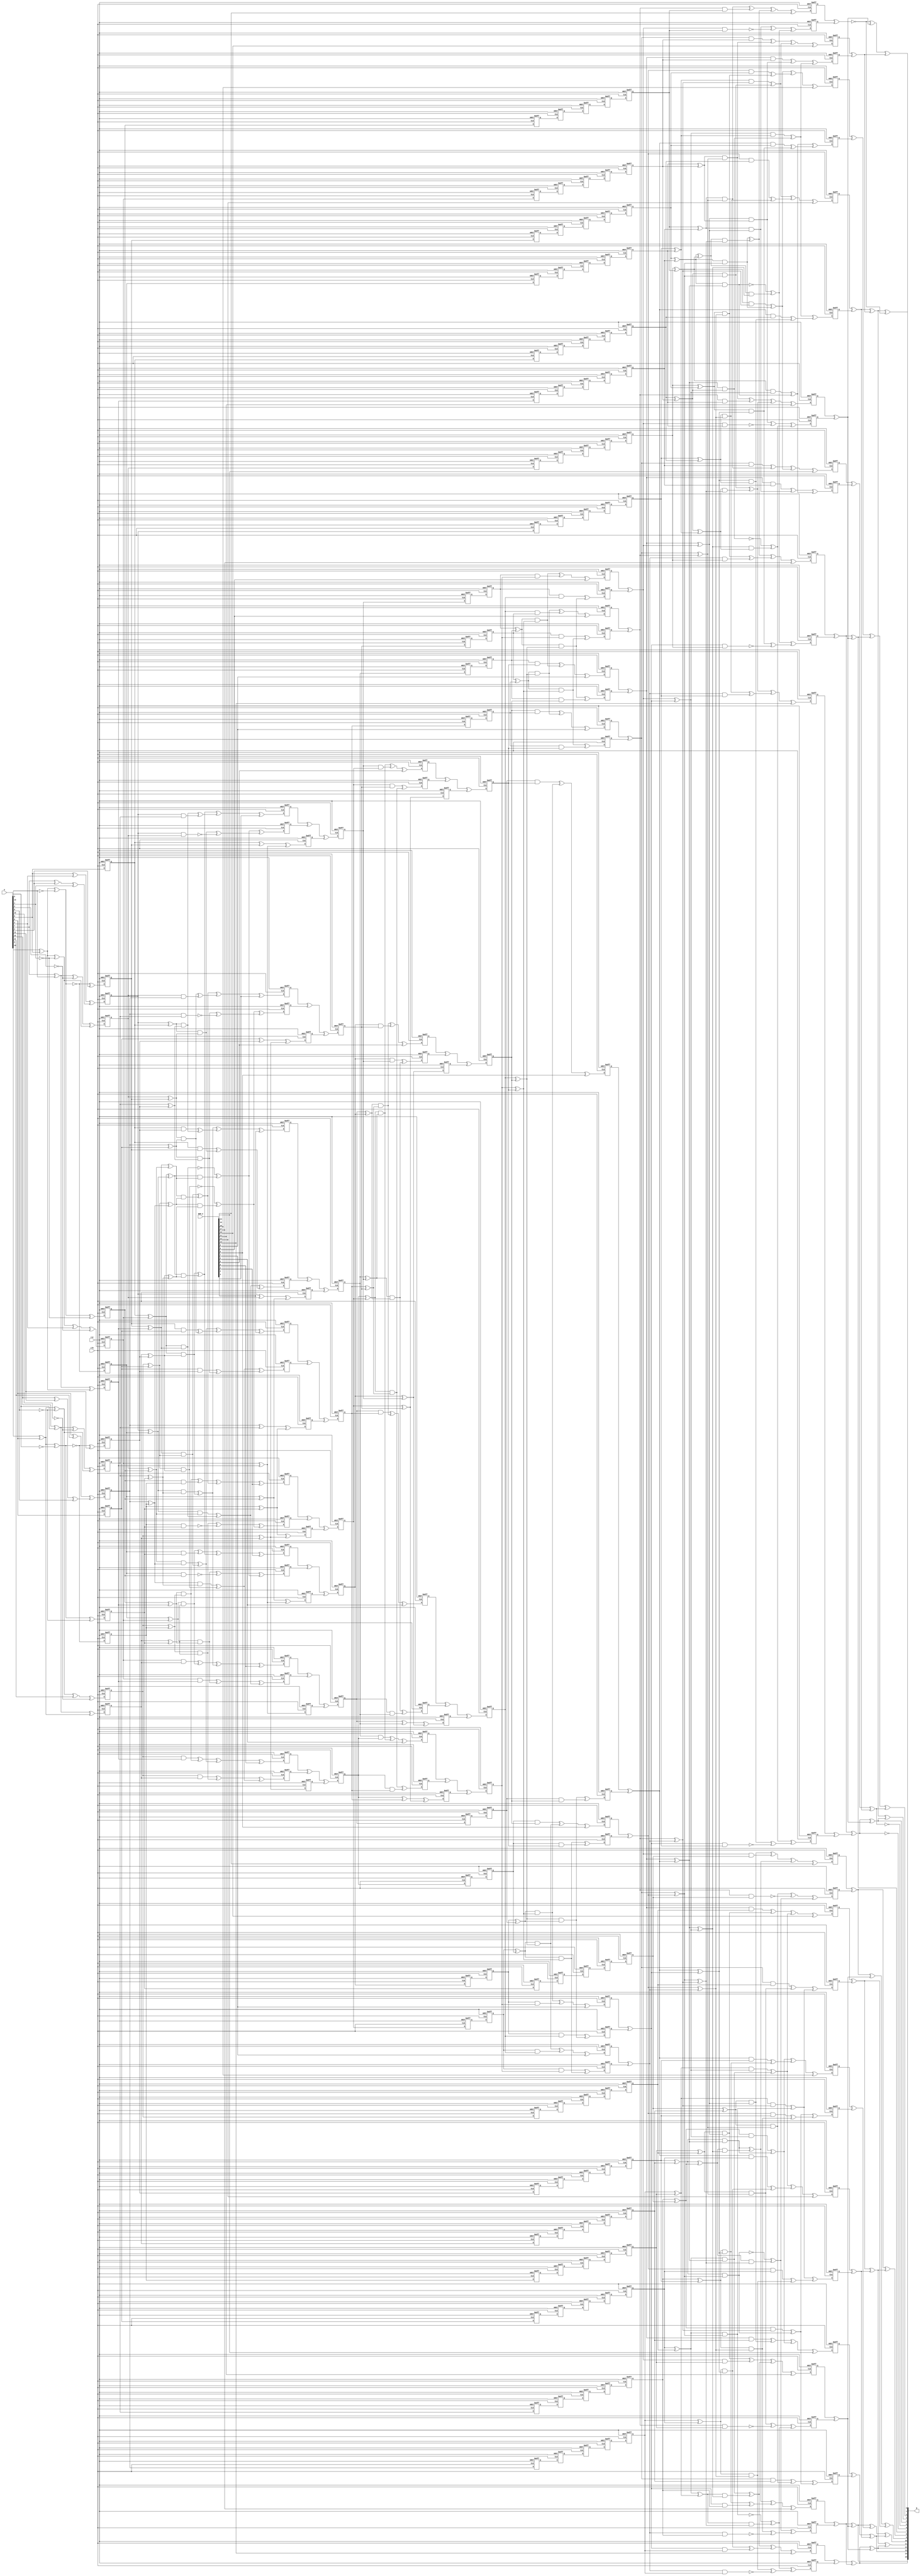
/* Generated by Yosys 0.7 (git sha1 5866cac, gcc 4.9.2-10+deb8u1 -fPIC -O0) */

module bSbox(clk, rst, A, Q, DOM_Z);
  input [15:0] A;
  input [17:0] DOM_Z;
  output [15:0] Q;
  reg [3:0] _0_;
  reg _100_;
  wire _101_;
  reg _102_;
  wire _103_;
  reg _104_;
  wire _105_;
  reg _106_;
  wire _107_;
  reg _108_;
  wire _109_;
  wire [3:0] _10_;
  reg _110_;
  wire _111_;
  wire _112_;
  wire _113_;
  wire _114_;
  wire _115_;
  wire _116_;
  wire _117_;
  wire _118_;
  wire _119_;
  wire [3:0] _11_;
  wire _120_;
  wire _121_;
  wire _122_;
  wire _123_;
  wire _124_;
  wire _125_;
  wire _126_;
  wire _127_;
  wire _128_;
  wire _129_;
  reg [1:0] _12_;
  wire _130_;
  wire _131_;
  wire _132_;
  wire _133_;
  wire _134_;
  wire _135_;
  wire _136_;
  reg _137_;
  reg _138_;
  reg _139_;
  reg [1:0] _13_;
  reg _140_;
  reg _141_;
  reg _142_;
  reg _143_;
  reg _144_;
  reg _145_;
  reg _146_;
  reg _147_;
  reg _148_;
  reg _149_;
  reg [1:0] _14_;
  reg _150_;
  reg _151_;
  reg _152_;
  reg _153_;
  reg _154_;
  reg _155_;
  reg _156_;
  reg _157_;
  reg [3:0] _158_;
  reg [3:0] _159_;
  reg [1:0] _15_;
  wire [3:0] _160_;
  wire [3:0] _161_;
  reg [3:0] _162_;
  reg [3:0] _163_;
  reg [1:0] _164_;
  reg [1:0] _165_;
  wire [1:0] _166_;
  wire [1:0] _167_;
  reg [1:0] _168_;
  reg [1:0] _169_;
  wire [1:0] _16_;
  reg [1:0] _170_;
  reg [1:0] _171_;
  wire [1:0] _172_;
  wire [1:0] _173_;
  reg [1:0] _174_;
  reg [1:0] _175_;
  reg [1:0] _176_;
  reg [1:0] _177_;
  wire [1:0] _178_;
  wire [1:0] _179_;
  wire [1:0] _17_;
  reg [1:0] _180_;
  reg [1:0] _181_;
  reg [3:0] _182_;
  reg [3:0] _183_;
  wire [3:0] _184_;
  wire [3:0] _185_;
  reg [3:0] _186_;
  reg [3:0] _187_;
  wire _188_;
  wire _189_;
  reg [1:0] _18_;
  wire _190_;
  wire _191_;
  wire _192_;
  wire _193_;
  wire _194_;
  wire _195_;
  wire _196_;
  wire _197_;
  wire _198_;
  wire _199_;
  reg [1:0] _19_;
  reg [3:0] _1_;
  wire _200_;
  wire _201_;
  wire _202_;
  wire _203_;
  wire _204_;
  wire _205_;
  wire _206_;
  wire _207_;
  wire _208_;
  wire _209_;
  reg [1:0] _20_;
  wire _210_;
  wire _211_;
  wire _212_;
  wire _213_;
  wire _214_;
  wire _215_;
  wire _216_;
  wire _217_;
  wire _218_;
  wire _219_;
  reg [1:0] _21_;
  wire _220_;
  wire _221_;
  wire _222_;
  wire _223_;
  wire _224_;
  wire _225_;
  wire _226_;
  wire _227_;
  wire _228_;
  wire _229_;
  wire [1:0] _22_;
  wire _230_;
  wire _231_;
  wire _232_;
  wire _233_;
  wire _234_;
  wire _235_;
  wire _236_;
  wire _237_;
  wire _238_;
  wire _239_;
  wire [1:0] _23_;
  wire _240_;
  wire _241_;
  wire _242_;
  wire _243_;
  wire _244_;
  wire _245_;
  wire _246_;
  wire _247_;
  wire _248_;
  wire _249_;
  reg [1:0] _24_;
  wire _250_;
  wire _251_;
  wire _252_;
  wire _253_;
  wire _254_;
  wire _255_;
  wire _256_;
  wire _257_;
  wire _258_;
  wire _259_;
  reg [1:0] _25_;
  wire _260_;
  wire _261_;
  wire _262_;
  wire _263_;
  wire _264_;
  wire _265_;
  wire _266_;
  wire _267_;
  wire _268_;
  wire _269_;
  wire [1:0] _26_;
  wire _270_;
  wire _271_;
  wire _272_;
  wire _273_;
  wire _274_;
  wire _275_;
  wire _276_;
  wire _277_;
  wire _278_;
  wire _279_;
  wire [1:0] _27_;
  wire _280_;
  wire _281_;
  wire _282_;
  wire _283_;
  wire _284_;
  wire _285_;
  wire _286_;
  wire _287_;
  wire _288_;
  wire _289_;
  reg [3:0] _28_;
  wire _290_;
  wire _291_;
  wire _292_;
  wire _293_;
  wire _294_;
  wire _295_;
  wire _296_;
  wire _297_;
  wire _298_;
  wire _299_;
  reg [3:0] _29_;
  wire [3:0] _2_;
  wire _300_;
  wire _301_;
  wire _302_;
  wire _303_;
  wire _304_;
  wire _305_;
  wire _306_;
  wire _307_;
  wire _308_;
  wire _309_;
  wire [3:0] _30_;
  wire _310_;
  wire _311_;
  wire _312_;
  wire _313_;
  wire _314_;
  wire _315_;
  wire _316_;
  wire _317_;
  wire _318_;
  wire _319_;
  wire [3:0] _31_;
  wire _320_;
  wire _321_;
  wire _322_;
  wire _323_;
  wire _324_;
  wire _325_;
  wire _326_;
  wire _327_;
  wire _328_;
  wire _329_;
  reg [3:0] _32_;
  wire _330_;
  wire _331_;
  wire _332_;
  wire _333_;
  wire _334_;
  wire _335_;
  wire _336_;
  wire _337_;
  wire _338_;
  wire _339_;
  reg [3:0] _33_;
  wire _340_;
  wire _341_;
  wire _342_;
  wire _343_;
  wire _344_;
  wire _345_;
  wire _346_;
  wire _347_;
  wire _348_;
  wire _349_;
  wire [3:0] _34_;
  wire _350_;
  wire _351_;
  wire _352_;
  wire _353_;
  wire _354_;
  wire _355_;
  wire _356_;
  wire _357_;
  wire _358_;
  wire _359_;
  wire [3:0] _35_;
  wire _360_;
  wire _361_;
  wire _362_;
  wire _363_;
  wire _364_;
  wire _365_;
  wire _366_;
  wire _367_;
  wire _368_;
  wire _369_;
  reg _36_;
  wire _370_;
  wire _371_;
  wire _372_;
  wire _373_;
  wire _374_;
  wire _375_;
  wire _376_;
  wire _377_;
  wire _378_;
  wire _379_;
  reg _37_;
  wire _380_;
  wire _381_;
  wire _382_;
  wire _383_;
  wire _384_;
  wire _385_;
  wire _386_;
  wire _387_;
  wire _388_;
  wire _389_;
  reg _38_;
  wire _390_;
  wire _391_;
  wire _392_;
  wire _393_;
  wire _394_;
  wire _395_;
  wire _396_;
  wire _397_;
  wire _398_;
  wire _399_;
  reg _39_;
  wire [3:0] _3_;
  wire _400_;
  wire _401_;
  wire _402_;
  wire _403_;
  wire _404_;
  wire _405_;
  wire _406_;
  wire _407_;
  wire _408_;
  wire _409_;
  reg _40_;
  wire _410_;
  wire _411_;
  wire _412_;
  wire _413_;
  wire _414_;
  wire _415_;
  wire _416_;
  wire _417_;
  wire _418_;
  wire _419_;
  reg _41_;
  wire _420_;
  wire _421_;
  wire _422_;
  wire _423_;
  wire _424_;
  wire _425_;
  wire _426_;
  wire _427_;
  wire _428_;
  wire _429_;
  reg _42_;
  wire _430_;
  wire _431_;
  wire _432_;
  wire _433_;
  wire _434_;
  wire _435_;
  wire _436_;
  wire _437_;
  wire _438_;
  wire _439_;
  reg _43_;
  wire _440_;
  wire _441_;
  wire _442_;
  wire _443_;
  wire _444_;
  wire _445_;
  wire _446_;
  wire _447_;
  wire _448_;
  wire _449_;
  reg _44_;
  wire _450_;
  wire _451_;
  wire _452_;
  wire _453_;
  wire _454_;
  wire _455_;
  wire _456_;
  wire _457_;
  wire _458_;
  wire _459_;
  reg _45_;
  wire _460_;
  wire _461_;
  wire _462_;
  wire _463_;
  wire _464_;
  wire _465_;
  wire _466_;
  wire _467_;
  wire _468_;
  wire _469_;
  reg _46_;
  wire _470_;
  wire _471_;
  wire _472_;
  wire _473_;
  wire _474_;
  wire _475_;
  wire _476_;
  wire _477_;
  wire _478_;
  wire _479_;
  reg _47_;
  wire _480_;
  wire _481_;
  wire _482_;
  wire _483_;
  wire _484_;
  wire _485_;
  wire _486_;
  wire _487_;
  wire _488_;
  wire _489_;
  reg _48_;
  wire _490_;
  wire _491_;
  wire _492_;
  wire _493_;
  wire _494_;
  wire _495_;
  wire _496_;
  wire _497_;
  wire _498_;
  wire _499_;
  reg _49_;
  reg [3:0] _4_;
  wire _500_;
  wire _501_;
  wire _502_;
  wire _503_;
  wire _504_;
  wire _505_;
  wire _506_;
  wire _507_;
  wire _508_;
  wire _509_;
  reg _50_;
  wire _510_;
  wire _511_;
  wire _512_;
  wire _513_;
  wire _514_;
  wire _515_;
  wire _516_;
  wire _517_;
  wire _518_;
  wire _519_;
  reg _51_;
  wire _520_;
  wire _521_;
  wire _522_;
  wire _523_;
  wire _524_;
  wire _525_;
  wire _526_;
  wire _527_;
  wire _528_;
  wire _529_;
  reg _52_;
  wire _530_;
  wire _531_;
  wire _532_;
  wire _533_;
  wire _534_;
  wire _535_;
  wire _536_;
  wire _537_;
  wire _538_;
  wire _539_;
  reg _53_;
  wire _540_;
  wire _541_;
  wire _542_;
  wire _543_;
  wire _544_;
  wire _545_;
  wire _546_;
  wire _547_;
  wire _548_;
  wire _549_;
  reg _54_;
  wire _550_;
  wire _551_;
  wire _552_;
  wire _553_;
  wire _554_;
  wire _555_;
  wire _556_;
  wire _557_;
  wire _558_;
  wire _559_;
  reg _55_;
  wire _560_;
  wire _561_;
  wire _562_;
  wire _563_;
  wire _564_;
  wire _565_;
  wire _566_;
  wire _567_;
  wire _568_;
  wire _569_;
  reg _56_;
  wire _570_;
  wire _571_;
  wire _572_;
  wire _573_;
  wire _574_;
  wire _575_;
  wire _576_;
  wire _577_;
  wire _578_;
  wire _579_;
  reg _57_;
  wire _580_;
  wire _581_;
  wire _582_;
  wire _583_;
  wire _584_;
  wire _585_;
  wire _586_;
  wire _587_;
  wire _588_;
  wire _589_;
  reg _58_;
  wire _590_;
  wire _591_;
  wire _592_;
  wire _593_;
  wire _594_;
  reg _59_;
  reg [3:0] _5_;
  reg _60_;
  reg _61_;
  reg _62_;
  reg _63_;
  reg _64_;
  reg _65_;
  reg _66_;
  reg _67_;
  reg _68_;
  reg _69_;
  reg [3:0] _6_;
  reg _70_;
  reg _71_;
  reg _72_;
  reg _73_;
  reg _74_;
  reg _75_;
  reg _76_;
  reg _77_;
  reg _78_;
  reg _79_;
  reg [3:0] _7_;
  reg _80_;
  reg _81_;
  reg _82_;
  reg _83_;
  reg _84_;
  reg _85_;
  reg _86_;
  wire _87_;
  reg _88_;
  wire _89_;
  reg [3:0] _8_;
  reg _90_;
  wire _91_;
  reg _92_;
  wire _93_;
  reg _94_;
  wire _95_;
  reg _96_;
  wire _97_;
  reg _98_;
  wire _99_;
  reg [3:0] _9_;
  input clk;
  input rst;
  assign _498_ = _9_[1] ^ _8_[1];
  assign _105_ = _9_[0] ^ _8_[0];
  assign _121_ = ~_499_;
  assign _499_ = _512_ ^ _500_;
  assign _500_ = ~A[5];
  assign _120_ = _116_ ^ A[12];
  assign _118_ = _501_ ^ _511_;
  assign _501_ = _505_ ^ _514_;
  assign _119_ = _502_ ^ _516_;
  assign _502_ = _506_ ^ _519_;
  assign _117_ = _503_ ^ _518_;
  assign _116_ = ~_503_;
  assign _503_ = _517_ ^ _504_;
  assign _504_ = ~A[13];
  assign _114_ = _505_ ^ _512_;
  assign _505_ = A[7] ^ A[5];
  assign _115_ = _506_ ^ _517_;
  assign _506_ = A[15] ^ A[13];
  assign _113_ = _507_ ^ _508_;
  assign _507_ = A[8] ^ A[11];
  assign _508_ = _509_ ^ A[9];
  assign _509_ = A[15] ^ A[12];
  assign _111_ = _510_ ^ _514_;
  assign _510_ = _511_ ^ A[3];
  assign _511_ = _512_ ^ _513_;
  assign _512_ = A[6] ^ A[0];
  assign _513_ = ~A[1];
  assign _514_ = ~A[2];
  assign _112_ = _515_ ^ _519_;
  assign _515_ = _516_ ^ A[11];
  assign _516_ = _517_ ^ _518_;
  assign _517_ = A[14] ^ A[8];
  assign _518_ = ~A[9];
  assign _519_ = ~A[10];
  assign Q[7] = _521_ ^ _526_;
  assign Q[4] = _520_ ^ _526_;
  assign _520_ = _521_ ^ _522_;
  assign _521_ = _5_[3] ^ _0_[3];
  assign _522_ = _187_[3] ^ _182_[3];
  assign Q[1] = _523_ ^ _527_;
  assign _523_ = _524_ ^ _526_;
  assign _524_ = ~_525_;
  assign _525_ = _5_[1] ^ _0_[1];
  assign _526_ = _187_[1] ^ _182_[1];
  assign _527_ = _187_[0] ^ _182_[0];
  assign Q[9] = _528_ ^ _531_;
  assign _528_ = _529_ ^ _535_;
  assign Q[8] = _529_ ^ _530_;
  assign _529_ = _4_[1] ^ _1_[1];
  assign Q[11] = _530_ ^ Q[12];
  assign _530_ = _531_ ^ _538_;
  assign _531_ = _186_[0] ^ _183_[0];
  assign Q[12] = Q[14] ^ _535_;
  assign Q[14] = _532_ ^ _534_;
  assign _532_ = _186_[3] ^ _183_[3];
  assign Q[10] = _533_ ^ Q[13];
  assign _533_ = Q[15] ^ _536_;
  assign Q[15] = _534_ ^ _535_;
  assign _534_ = _4_[3] ^ _1_[3];
  assign _535_ = _186_[1] ^ _183_[1];
  assign _536_ = _4_[2] ^ _1_[2];
  assign Q[13] = _537_ ^ _538_;
  assign _537_ = _4_[0] ^ _1_[0];
  assign _538_ = _186_[2] ^ _183_[2];
  assign _10_[0] = _539_ ^ _547_;
  assign _539_ = _540_ ^ _542_;
  assign _540_ = _7_[0] & _6_[0];
  assign _10_[1] = _541_ ^ _551_;
  assign _541_ = _542_ ^ _545_;
  assign _542_ = _543_ & _544_;
  assign _543_ = _7_[1] ^ _7_[0];
  assign _544_ = _6_[1] ^ _6_[0];
  assign _545_ = ~_546_;
  assign _546_ = _7_[1] & _6_[1];
  assign _10_[2] = _547_ ^ _549_;
  assign _547_ = _548_ ^ _553_;
  assign _548_ = _557_ & _560_;
  assign _549_ = _550_ ^ _562_;
  assign _550_ = _7_[2] & _6_[2];
  assign _10_[3] = _551_ ^ _561_;
  assign _551_ = _552_ ^ _554_;
  assign _552_ = ~_553_;
  assign _553_ = _556_ & _559_;
  assign _554_ = _555_ & _558_;
  assign _555_ = _556_ ^ _557_;
  assign _556_ = _7_[2] ^ _7_[0];
  assign _557_ = _7_[3] ^ _7_[1];
  assign _558_ = _559_ ^ _560_;
  assign _559_ = _6_[2] ^ _6_[0];
  assign _560_ = _6_[3] ^ _6_[1];
  assign _561_ = _562_ ^ _565_;
  assign _562_ = _563_ & _564_;
  assign _563_ = _7_[3] ^ _7_[2];
  assign _564_ = _6_[3] ^ _6_[2];
  assign _565_ = ~_566_;
  assign _566_ = _7_[3] & _6_[3];
  assign _11_[0] = _567_ ^ _575_;
  assign _567_ = _568_ ^ _570_;
  assign _568_ = _9_[0] & _8_[0];
  assign _11_[1] = _569_ ^ _579_;
  assign _569_ = _570_ ^ _573_;
  assign _570_ = _571_ & _572_;
  assign _571_ = _9_[0] ^ _9_[1];
  assign _572_ = _8_[0] ^ _8_[1];
  assign _573_ = ~_574_;
  assign _574_ = _9_[1] & _8_[1];
  assign _11_[2] = _575_ ^ _577_;
  assign _575_ = _576_ ^ _581_;
  assign _576_ = _585_ & _588_;
  assign _577_ = _578_ ^ _590_;
  assign _578_ = _9_[2] & _8_[2];
  assign _11_[3] = _579_ ^ _589_;
  assign _579_ = _580_ ^ _582_;
  assign _580_ = ~_581_;
  assign _581_ = _584_ & _587_;
  assign _582_ = _583_ & _586_;
  assign _583_ = _584_ ^ _585_;
  assign _584_ = _9_[0] ^ _9_[2];
  assign _585_ = _9_[3] ^ _9_[1];
  assign _586_ = _587_ ^ _588_;
  assign _587_ = _8_[0] ^ _8_[2];
  assign _588_ = _8_[3] ^ _8_[1];
  assign _589_ = _590_ ^ _593_;
  assign _590_ = _591_ & _592_;
  assign _591_ = _9_[3] ^ _9_[2];
  assign _592_ = _8_[3] ^ _8_[2];
  assign _593_ = ~_594_;
  assign _594_ = _9_[3] & _8_[3];
  always @(posedge clk or posedge rst)
    if (rst)
      _158_[3] <= 0;
    else
      _158_[3] <= _10_[3];
  always @(posedge clk or posedge rst)
    if (rst)
      _158_[2] <= 0;
    else
      _158_[2] <= _10_[2];
  always @(posedge clk or posedge rst)
    if (rst)
      _158_[1] <= 0;
    else
      _158_[1] <= _10_[1];
  always @(posedge clk or posedge rst)
    if (rst)
      _158_[0] <= 0;
    else
      _158_[0] <= _10_[0];
  always @(posedge clk or posedge rst)
    if (rst)
      _159_[3] <= 0;
    else
      _159_[3] <= _11_[3];
  always @(posedge clk or posedge rst)
    if (rst)
      _159_[2] <= 0;
    else
      _159_[2] <= _11_[2];
  always @(posedge clk or posedge rst)
    if (rst)
      _159_[1] <= 0;
    else
      _159_[1] <= _11_[1];
  always @(posedge clk or posedge rst)
    if (rst)
      _159_[0] <= 0;
    else
      _159_[0] <= _11_[0];
  always @(posedge clk or posedge rst)
    if (rst)
      _163_[3] <= 0;
    else
      _163_[3] <= _160_[3];
  always @(posedge clk or posedge rst)
    if (rst)
      _163_[2] <= 0;
    else
      _163_[2] <= _160_[2];
  always @(posedge clk or posedge rst)
    if (rst)
      _163_[1] <= 0;
    else
      _163_[1] <= _160_[1];
  always @(posedge clk or posedge rst)
    if (rst)
      _163_[0] <= 0;
    else
      _163_[0] <= _160_[0];
  always @(posedge clk or posedge rst)
    if (rst)
      _162_[3] <= 0;
    else
      _162_[3] <= _161_[3];
  always @(posedge clk or posedge rst)
    if (rst)
      _162_[2] <= 0;
    else
      _162_[2] <= _161_[2];
  always @(posedge clk or posedge rst)
    if (rst)
      _162_[1] <= 0;
    else
      _162_[1] <= _161_[1];
  always @(posedge clk or posedge rst)
    if (rst)
      _162_[0] <= 0;
    else
      _162_[0] <= _161_[0];
  always @(posedge clk or posedge rst)
    if (rst)
      _164_[1] <= 0;
    else
      _164_[1] <= _16_[1];
  always @(posedge clk or posedge rst)
    if (rst)
      _164_[0] <= 0;
    else
      _164_[0] <= _16_[0];
  always @(posedge clk or posedge rst)
    if (rst)
      _165_[1] <= 0;
    else
      _165_[1] <= _17_[1];
  always @(posedge clk or posedge rst)
    if (rst)
      _165_[0] <= 0;
    else
      _165_[0] <= _17_[0];
  always @(posedge clk or posedge rst)
    if (rst)
      _169_[1] <= 0;
    else
      _169_[1] <= _166_[1];
  always @(posedge clk or posedge rst)
    if (rst)
      _169_[0] <= 0;
    else
      _169_[0] <= _166_[0];
  always @(posedge clk or posedge rst)
    if (rst)
      _168_[1] <= 0;
    else
      _168_[1] <= _167_[1];
  always @(posedge clk or posedge rst)
    if (rst)
      _168_[0] <= 0;
    else
      _168_[0] <= _167_[0];
  always @(posedge clk or posedge rst)
    if (rst)
      _170_[1] <= 0;
    else
      _170_[1] <= _22_[1];
  always @(posedge clk or posedge rst)
    if (rst)
      _170_[0] <= 0;
    else
      _170_[0] <= _22_[0];
  always @(posedge clk or posedge rst)
    if (rst)
      _171_[1] <= 0;
    else
      _171_[1] <= _23_[1];
  always @(posedge clk or posedge rst)
    if (rst)
      _171_[0] <= 0;
    else
      _171_[0] <= _23_[0];
  always @(posedge clk or posedge rst)
    if (rst)
      _175_[1] <= 0;
    else
      _175_[1] <= _172_[1];
  always @(posedge clk or posedge rst)
    if (rst)
      _175_[0] <= 0;
    else
      _175_[0] <= _172_[0];
  always @(posedge clk or posedge rst)
    if (rst)
      _174_[1] <= 0;
    else
      _174_[1] <= _173_[1];
  always @(posedge clk or posedge rst)
    if (rst)
      _174_[0] <= 0;
    else
      _174_[0] <= _173_[0];
  always @(posedge clk or posedge rst)
    if (rst)
      _176_[1] <= 0;
    else
      _176_[1] <= _26_[1];
  always @(posedge clk or posedge rst)
    if (rst)
      _176_[0] <= 0;
    else
      _176_[0] <= _26_[0];
  always @(posedge clk or posedge rst)
    if (rst)
      _177_[1] <= 0;
    else
      _177_[1] <= _27_[1];
  always @(posedge clk or posedge rst)
    if (rst)
      _177_[0] <= 0;
    else
      _177_[0] <= _27_[0];
  always @(posedge clk or posedge rst)
    if (rst)
      _181_[1] <= 0;
    else
      _181_[1] <= _178_[1];
  always @(posedge clk or posedge rst)
    if (rst)
      _181_[0] <= 0;
    else
      _181_[0] <= _178_[0];
  always @(posedge clk or posedge rst)
    if (rst)
      _180_[1] <= 0;
    else
      _180_[1] <= _179_[1];
  always @(posedge clk or posedge rst)
    if (rst)
      _180_[0] <= 0;
    else
      _180_[0] <= _179_[0];
  always @(posedge clk or posedge rst)
    if (rst)
      _182_[3] <= 0;
    else
      _182_[3] <= _30_[3];
  always @(posedge clk or posedge rst)
    if (rst)
      _182_[2] <= 0;
    else
      _182_[2] <= _30_[2];
  always @(posedge clk or posedge rst)
    if (rst)
      _182_[1] <= 0;
    else
      _182_[1] <= _30_[1];
  always @(posedge clk or posedge rst)
    if (rst)
      _182_[0] <= 0;
    else
      _182_[0] <= _30_[0];
  always @(posedge clk or posedge rst)
    if (rst)
      _183_[3] <= 0;
    else
      _183_[3] <= _31_[3];
  always @(posedge clk or posedge rst)
    if (rst)
      _183_[2] <= 0;
    else
      _183_[2] <= _31_[2];
  always @(posedge clk or posedge rst)
    if (rst)
      _183_[1] <= 0;
    else
      _183_[1] <= _31_[1];
  always @(posedge clk or posedge rst)
    if (rst)
      _183_[0] <= 0;
    else
      _183_[0] <= _31_[0];
  always @(posedge clk or posedge rst)
    if (rst)
      _187_[3] <= 0;
    else
      _187_[3] <= _184_[3];
  always @(posedge clk or posedge rst)
    if (rst)
      _187_[2] <= 0;
    else
      _187_[2] <= _184_[2];
  always @(posedge clk or posedge rst)
    if (rst)
      _187_[1] <= 0;
    else
      _187_[1] <= _184_[1];
  always @(posedge clk or posedge rst)
    if (rst)
      _187_[0] <= 0;
    else
      _187_[0] <= _184_[0];
  always @(posedge clk or posedge rst)
    if (rst)
      _186_[3] <= 0;
    else
      _186_[3] <= _185_[3];
  always @(posedge clk or posedge rst)
    if (rst)
      _186_[2] <= 0;
    else
      _186_[2] <= _185_[2];
  always @(posedge clk or posedge rst)
    if (rst)
      _186_[1] <= 0;
    else
      _186_[1] <= _185_[1];
  always @(posedge clk or posedge rst)
    if (rst)
      _186_[0] <= 0;
    else
      _186_[0] <= _185_[0];
  always @(posedge clk or posedge rst)
    if (rst)
      _0_[3] <= 0;
    else
      _0_[3] <= _34_[3];
  always @(posedge clk or posedge rst)
    if (rst)
      _0_[2] <= 0;
    else
      _0_[2] <= _34_[2];
  always @(posedge clk or posedge rst)
    if (rst)
      _0_[1] <= 0;
    else
      _0_[1] <= _34_[1];
  always @(posedge clk or posedge rst)
    if (rst)
      _0_[0] <= 0;
    else
      _0_[0] <= _34_[0];
  always @(posedge clk or posedge rst)
    if (rst)
      _1_[3] <= 0;
    else
      _1_[3] <= _35_[3];
  always @(posedge clk or posedge rst)
    if (rst)
      _1_[2] <= 0;
    else
      _1_[2] <= _35_[2];
  always @(posedge clk or posedge rst)
    if (rst)
      _1_[1] <= 0;
    else
      _1_[1] <= _35_[1];
  always @(posedge clk or posedge rst)
    if (rst)
      _1_[0] <= 0;
    else
      _1_[0] <= _35_[0];
  always @(posedge clk or posedge rst)
    if (rst)
      _5_[3] <= 0;
    else
      _5_[3] <= _2_[3];
  always @(posedge clk or posedge rst)
    if (rst)
      _5_[2] <= 0;
    else
      _5_[2] <= _2_[2];
  always @(posedge clk or posedge rst)
    if (rst)
      _5_[1] <= 0;
    else
      _5_[1] <= _2_[1];
  always @(posedge clk or posedge rst)
    if (rst)
      _5_[0] <= 0;
    else
      _5_[0] <= _2_[0];
  always @(posedge clk or posedge rst)
    if (rst)
      _4_[3] <= 0;
    else
      _4_[3] <= _3_[3];
  always @(posedge clk or posedge rst)
    if (rst)
      _4_[2] <= 0;
    else
      _4_[2] <= _3_[2];
  always @(posedge clk or posedge rst)
    if (rst)
      _4_[1] <= 0;
    else
      _4_[1] <= _3_[1];
  always @(posedge clk or posedge rst)
    if (rst)
      _4_[0] <= 0;
    else
      _4_[0] <= _3_[0];
  always @(posedge clk or posedge rst)
    if (rst)
      _20_[0] <= 0;
    else
      _20_[0] <= _131_;
  always @(posedge clk or posedge rst)
    if (rst)
      _18_[0] <= 0;
    else
      _18_[0] <= _130_;
  always @(posedge clk or posedge rst)
    if (rst)
      _20_[1] <= 0;
    else
      _20_[1] <= _133_;
  always @(posedge clk or posedge rst)
    if (rst)
      _18_[1] <= 0;
    else
      _18_[1] <= _132_;
  always @(posedge clk or posedge rst)
    if (rst)
      _14_[0] <= 0;
    else
      _14_[0] <= _125_;
  always @(posedge clk or posedge rst)
    if (rst)
      _12_[0] <= 0;
    else
      _12_[0] <= _124_;
  always @(posedge clk or posedge rst)
    if (rst)
      _14_[1] <= 0;
    else
      _14_[1] <= _123_;
  always @(posedge clk or posedge rst)
    if (rst)
      _12_[1] <= 0;
    else
      _12_[1] <= _122_;
  always @(posedge clk or posedge rst)
    if (rst)
      _15_[0] <= 0;
    else
      _15_[0] <= _129_;
  always @(posedge clk or posedge rst)
    if (rst)
      _13_[0] <= 0;
    else
      _13_[0] <= _128_;
  always @(posedge clk or posedge rst)
    if (rst)
      _15_[1] <= 0;
    else
      _15_[1] <= _127_;
  always @(posedge clk or posedge rst)
    if (rst)
      _13_[1] <= 0;
    else
      _13_[1] <= _126_;
  always @(posedge clk or posedge rst)
    if (rst)
      _8_[0] <= 0;
    else
      _8_[0] <= _115_;
  always @(posedge clk or posedge rst)
    if (rst)
      _6_[0] <= 0;
    else
      _6_[0] <= _114_;
  always @(posedge clk or posedge rst)
    if (rst)
      _8_[1] <= 0;
    else
      _8_[1] <= _117_;
  always @(posedge clk or posedge rst)
    if (rst)
      _6_[1] <= 0;
    else
      _6_[1] <= _135_;
  always @(posedge clk or posedge rst)
    if (rst)
      _8_[2] <= 0;
    else
      _8_[2] <= _120_;
  always @(posedge clk or posedge rst)
    if (rst)
      _6_[2] <= 0;
    else
      _6_[2] <= _134_;
  always @(posedge clk or posedge rst)
    if (rst)
      _8_[3] <= 0;
    else
      _8_[3] <= _119_;
  always @(posedge clk or posedge rst)
    if (rst)
      _6_[3] <= 0;
    else
      _6_[3] <= _118_;
  always @(posedge clk or posedge rst)
    if (rst)
      _9_[0] <= 0;
    else
      _9_[0] <= _112_;
  always @(posedge clk or posedge rst)
    if (rst)
      _7_[0] <= 0;
    else
      _7_[0] <= _111_;
  always @(posedge clk or posedge rst)
    if (rst)
      _9_[1] <= 0;
    else
      _9_[1] <= _116_;
  always @(posedge clk or posedge rst)
    if (rst)
      _7_[1] <= 0;
    else
      _7_[1] <= _121_;
  always @(posedge clk or posedge rst)
    if (rst)
      _9_[2] <= 0;
    else
      _9_[2] <= A[8];
  always @(posedge clk or posedge rst)
    if (rst)
      _7_[2] <= 0;
    else
      _7_[2] <= A[0];
  always @(posedge clk or posedge rst)
    if (rst)
      _9_[3] <= 0;
    else
      _9_[3] <= _113_;
  always @(posedge clk or posedge rst)
    if (rst)
      _7_[3] <= 0;
    else
      _7_[3] <= _136_;
  always @(posedge clk or posedge rst)
    if (rst)
      _29_[0] <= 0;
    else
      _29_[0] <= _138_;
  always @(posedge clk or posedge rst)
    if (rst)
      _28_[0] <= 0;
    else
      _28_[0] <= _137_;
  always @(posedge clk or posedge rst)
    if (rst)
      _138_ <= 0;
    else
      _138_ <= _140_;
  always @(posedge clk or posedge rst)
    if (rst)
      _137_ <= 0;
    else
      _137_ <= _139_;
  always @(posedge clk or posedge rst)
    if (rst)
      _140_ <= 0;
    else
      _140_ <= _142_;
  always @(posedge clk or posedge rst)
    if (rst)
      _139_ <= 0;
    else
      _139_ <= _141_;
  always @(posedge clk or posedge rst)
    if (rst)
      _142_ <= 0;
    else
      _142_ <= _144_;
  always @(posedge clk or posedge rst)
    if (rst)
      _141_ <= 0;
    else
      _141_ <= _143_;
  always @(posedge clk or posedge rst)
    if (rst)
      _144_ <= 0;
    else
      _144_ <= _9_[0];
  always @(posedge clk or posedge rst)
    if (rst)
      _143_ <= 0;
    else
      _143_ <= _7_[0];
  always @(posedge clk or posedge rst)
    if (rst)
      _29_[1] <= 0;
    else
      _29_[1] <= _146_;
  always @(posedge clk or posedge rst)
    if (rst)
      _28_[1] <= 0;
    else
      _28_[1] <= _145_;
  always @(posedge clk or posedge rst)
    if (rst)
      _146_ <= 0;
    else
      _146_ <= _148_;
  always @(posedge clk or posedge rst)
    if (rst)
      _145_ <= 0;
    else
      _145_ <= _147_;
  always @(posedge clk or posedge rst)
    if (rst)
      _148_ <= 0;
    else
      _148_ <= _150_;
  always @(posedge clk or posedge rst)
    if (rst)
      _147_ <= 0;
    else
      _147_ <= _149_;
  always @(posedge clk or posedge rst)
    if (rst)
      _150_ <= 0;
    else
      _150_ <= _152_;
  always @(posedge clk or posedge rst)
    if (rst)
      _149_ <= 0;
    else
      _149_ <= _151_;
  always @(posedge clk or posedge rst)
    if (rst)
      _152_ <= 0;
    else
      _152_ <= _9_[1];
  always @(posedge clk or posedge rst)
    if (rst)
      _151_ <= 0;
    else
      _151_ <= _7_[1];
  always @(posedge clk or posedge rst)
    if (rst)
      _29_[2] <= 0;
    else
      _29_[2] <= _154_;
  always @(posedge clk or posedge rst)
    if (rst)
      _28_[2] <= 0;
    else
      _28_[2] <= _153_;
  always @(posedge clk or posedge rst)
    if (rst)
      _154_ <= 0;
    else
      _154_ <= _156_;
  always @(posedge clk or posedge rst)
    if (rst)
      _153_ <= 0;
    else
      _153_ <= _155_;
  always @(posedge clk or posedge rst)
    if (rst)
      _156_ <= 0;
    else
      _156_ <= _37_;
  always @(posedge clk or posedge rst)
    if (rst)
      _155_ <= 0;
    else
      _155_ <= _157_;
  always @(posedge clk or posedge rst)
    if (rst)
      _37_ <= 0;
    else
      _37_ <= _36_;
  always @(posedge clk or posedge rst)
    if (rst)
      _157_ <= 0;
    else
      _157_ <= _38_;
  always @(posedge clk or posedge rst)
    if (rst)
      _36_ <= 0;
    else
      _36_ <= _9_[2];
  always @(posedge clk or posedge rst)
    if (rst)
      _38_ <= 0;
    else
      _38_ <= _7_[2];
  always @(posedge clk or posedge rst)
    if (rst)
      _29_[3] <= 0;
    else
      _29_[3] <= _40_;
  always @(posedge clk or posedge rst)
    if (rst)
      _28_[3] <= 0;
    else
      _28_[3] <= _39_;
  always @(posedge clk or posedge rst)
    if (rst)
      _40_ <= 0;
    else
      _40_ <= _42_;
  always @(posedge clk or posedge rst)
    if (rst)
      _39_ <= 0;
    else
      _39_ <= _41_;
  always @(posedge clk or posedge rst)
    if (rst)
      _42_ <= 0;
    else
      _42_ <= _44_;
  always @(posedge clk or posedge rst)
    if (rst)
      _41_ <= 0;
    else
      _41_ <= _43_;
  always @(posedge clk or posedge rst)
    if (rst)
      _44_ <= 0;
    else
      _44_ <= _46_;
  always @(posedge clk or posedge rst)
    if (rst)
      _43_ <= 0;
    else
      _43_ <= _45_;
  always @(posedge clk or posedge rst)
    if (rst)
      _46_ <= 0;
    else
      _46_ <= _9_[3];
  always @(posedge clk or posedge rst)
    if (rst)
      _45_ <= 0;
    else
      _45_ <= _7_[3];
  always @(posedge clk or posedge rst)
    if (rst)
      _33_[0] <= 0;
    else
      _33_[0] <= _48_;
  always @(posedge clk or posedge rst)
    if (rst)
      _32_[0] <= 0;
    else
      _32_[0] <= _47_;
  always @(posedge clk or posedge rst)
    if (rst)
      _48_ <= 0;
    else
      _48_ <= _50_;
  always @(posedge clk or posedge rst)
    if (rst)
      _47_ <= 0;
    else
      _47_ <= _49_;
  always @(posedge clk or posedge rst)
    if (rst)
      _50_ <= 0;
    else
      _50_ <= _52_;
  always @(posedge clk or posedge rst)
    if (rst)
      _49_ <= 0;
    else
      _49_ <= _51_;
  always @(posedge clk or posedge rst)
    if (rst)
      _52_ <= 0;
    else
      _52_ <= _54_;
  always @(posedge clk or posedge rst)
    if (rst)
      _51_ <= 0;
    else
      _51_ <= _53_;
  always @(posedge clk or posedge rst)
    if (rst)
      _54_ <= 0;
    else
      _54_ <= _8_[0];
  always @(posedge clk or posedge rst)
    if (rst)
      _53_ <= 0;
    else
      _53_ <= _6_[0];
  always @(posedge clk or posedge rst)
    if (rst)
      _33_[1] <= 0;
    else
      _33_[1] <= _56_;
  always @(posedge clk or posedge rst)
    if (rst)
      _32_[1] <= 0;
    else
      _32_[1] <= _55_;
  always @(posedge clk or posedge rst)
    if (rst)
      _56_ <= 0;
    else
      _56_ <= _58_;
  always @(posedge clk or posedge rst)
    if (rst)
      _55_ <= 0;
    else
      _55_ <= _57_;
  always @(posedge clk or posedge rst)
    if (rst)
      _58_ <= 0;
    else
      _58_ <= _60_;
  always @(posedge clk or posedge rst)
    if (rst)
      _57_ <= 0;
    else
      _57_ <= _59_;
  always @(posedge clk or posedge rst)
    if (rst)
      _60_ <= 0;
    else
      _60_ <= _62_;
  always @(posedge clk or posedge rst)
    if (rst)
      _59_ <= 0;
    else
      _59_ <= _61_;
  always @(posedge clk or posedge rst)
    if (rst)
      _62_ <= 0;
    else
      _62_ <= _8_[1];
  always @(posedge clk or posedge rst)
    if (rst)
      _61_ <= 0;
    else
      _61_ <= _6_[1];
  always @(posedge clk or posedge rst)
    if (rst)
      _33_[2] <= 0;
    else
      _33_[2] <= _64_;
  always @(posedge clk or posedge rst)
    if (rst)
      _32_[2] <= 0;
    else
      _32_[2] <= _63_;
  always @(posedge clk or posedge rst)
    if (rst)
      _64_ <= 0;
    else
      _64_ <= _66_;
  always @(posedge clk or posedge rst)
    if (rst)
      _63_ <= 0;
    else
      _63_ <= _65_;
  always @(posedge clk or posedge rst)
    if (rst)
      _66_ <= 0;
    else
      _66_ <= _68_;
  always @(posedge clk or posedge rst)
    if (rst)
      _65_ <= 0;
    else
      _65_ <= _67_;
  always @(posedge clk or posedge rst)
    if (rst)
      _68_ <= 0;
    else
      _68_ <= _70_;
  always @(posedge clk or posedge rst)
    if (rst)
      _67_ <= 0;
    else
      _67_ <= _69_;
  always @(posedge clk or posedge rst)
    if (rst)
      _70_ <= 0;
    else
      _70_ <= _8_[2];
  always @(posedge clk or posedge rst)
    if (rst)
      _69_ <= 0;
    else
      _69_ <= _6_[2];
  always @(posedge clk or posedge rst)
    if (rst)
      _33_[3] <= 0;
    else
      _33_[3] <= _72_;
  always @(posedge clk or posedge rst)
    if (rst)
      _32_[3] <= 0;
    else
      _32_[3] <= _71_;
  always @(posedge clk or posedge rst)
    if (rst)
      _72_ <= 0;
    else
      _72_ <= _74_;
  always @(posedge clk or posedge rst)
    if (rst)
      _71_ <= 0;
    else
      _71_ <= _73_;
  always @(posedge clk or posedge rst)
    if (rst)
      _74_ <= 0;
    else
      _74_ <= _76_;
  always @(posedge clk or posedge rst)
    if (rst)
      _73_ <= 0;
    else
      _73_ <= _75_;
  always @(posedge clk or posedge rst)
    if (rst)
      _76_ <= 0;
    else
      _76_ <= _78_;
  always @(posedge clk or posedge rst)
    if (rst)
      _75_ <= 0;
    else
      _75_ <= _77_;
  always @(posedge clk or posedge rst)
    if (rst)
      _78_ <= 0;
    else
      _78_ <= _8_[3];
  always @(posedge clk or posedge rst)
    if (rst)
      _77_ <= 0;
    else
      _77_ <= _6_[3];
  always @(posedge clk or posedge rst)
    if (rst)
      _25_[0] <= 0;
    else
      _25_[0] <= _80_;
  always @(posedge clk or posedge rst)
    if (rst)
      _24_[0] <= 0;
    else
      _24_[0] <= _79_;
  always @(posedge clk or posedge rst)
    if (rst)
      _80_ <= 0;
    else
      _80_ <= _14_[0];
  always @(posedge clk or posedge rst)
    if (rst)
      _79_ <= 0;
    else
      _79_ <= _12_[0];
  always @(posedge clk or posedge rst)
    if (rst)
      _25_[1] <= 0;
    else
      _25_[1] <= _82_;
  always @(posedge clk or posedge rst)
    if (rst)
      _24_[1] <= 0;
    else
      _24_[1] <= _81_;
  always @(posedge clk or posedge rst)
    if (rst)
      _82_ <= 0;
    else
      _82_ <= _14_[1];
  always @(posedge clk or posedge rst)
    if (rst)
      _81_ <= 0;
    else
      _81_ <= _12_[1];
  always @(posedge clk or posedge rst)
    if (rst)
      _21_[0] <= 0;
    else
      _21_[0] <= _84_;
  always @(posedge clk or posedge rst)
    if (rst)
      _19_[0] <= 0;
    else
      _19_[0] <= _83_;
  always @(posedge clk or posedge rst)
    if (rst)
      _84_ <= 0;
    else
      _84_ <= _15_[0];
  always @(posedge clk or posedge rst)
    if (rst)
      _83_ <= 0;
    else
      _83_ <= _13_[0];
  always @(posedge clk or posedge rst)
    if (rst)
      _21_[1] <= 0;
    else
      _21_[1] <= _86_;
  always @(posedge clk or posedge rst)
    if (rst)
      _19_[1] <= 0;
    else
      _19_[1] <= _85_;
  always @(posedge clk or posedge rst)
    if (rst)
      _86_ <= 0;
    else
      _86_ <= _15_[1];
  always @(posedge clk or posedge rst)
    if (rst)
      _85_ <= 0;
    else
      _85_ <= _13_[1];
  always @(posedge clk or posedge rst)
    if (rst)
      _90_ <= 0;
    else
      _90_ <= _89_;
  always @(posedge clk or posedge rst)
    if (rst)
      _88_ <= 0;
    else
      _88_ <= _87_;
  always @(posedge clk or posedge rst)
    if (rst)
      _94_ <= 0;
    else
      _94_ <= _93_;
  always @(posedge clk or posedge rst)
    if (rst)
      _92_ <= 0;
    else
      _92_ <= _91_;
  always @(posedge clk or posedge rst)
    if (rst)
      _98_ <= 0;
    else
      _98_ <= _97_;
  always @(posedge clk or posedge rst)
    if (rst)
      _96_ <= 0;
    else
      _96_ <= _95_;
  always @(posedge clk or posedge rst)
    if (rst)
      _102_ <= 0;
    else
      _102_ <= _101_;
  always @(posedge clk or posedge rst)
    if (rst)
      _100_ <= 0;
    else
      _100_ <= _99_;
  always @(posedge clk or posedge rst)
    if (rst)
      _106_ <= 0;
    else
      _106_ <= _105_;
  always @(posedge clk or posedge rst)
    if (rst)
      _104_ <= 0;
    else
      _104_ <= _103_;
  always @(posedge clk or posedge rst)
    if (rst)
      _110_ <= 0;
    else
      _110_ <= _109_;
  always @(posedge clk or posedge rst)
    if (rst)
      _108_ <= 0;
    else
      _108_ <= _107_;
  assign _16_[1] = _188_ ^ _189_;
  assign _188_ = _13_[1] & _12_[1];
  assign _16_[0] = _189_ ^ _190_;
  assign _189_ = _436_ & _442_;
  assign _190_ = _13_[0] & _12_[0];
  assign _17_[1] = _191_ ^ _192_;
  assign _191_ = _15_[1] & _14_[1];
  assign _17_[0] = _192_ ^ _193_;
  assign _192_ = _435_ & _443_;
  assign _193_ = _15_[0] & _14_[0];
  assign _22_[1] = _194_ ^ _195_;
  assign _194_ = _19_[1] & _18_[1];
  assign _22_[0] = _195_ ^ _196_;
  assign _195_ = _418_ & _424_;
  assign _196_ = _19_[0] & _18_[0];
  assign _23_[1] = _197_ ^ _198_;
  assign _197_ = _21_[1] & _20_[1];
  assign _23_[0] = _198_ ^ _199_;
  assign _198_ = _417_ & _425_;
  assign _199_ = _21_[0] & _20_[0];
  assign _26_[1] = _200_ ^ _201_;
  assign _200_ = _24_[1] & _18_[1];
  assign _26_[0] = _201_ ^ _202_;
  assign _201_ = _411_ & _418_;
  assign _202_ = _24_[0] & _18_[0];
  assign _27_[1] = _203_ ^ _204_;
  assign _203_ = _25_[1] & _20_[1];
  assign _27_[0] = _204_ ^ _205_;
  assign _204_ = _405_ & _425_;
  assign _205_ = _25_[0] & _20_[0];
  assign _30_[0] = _206_ ^ _212_;
  assign _206_ = _207_ ^ _209_;
  assign _207_ = _358_ & _28_[0];
  assign _30_[1] = _208_ ^ _216_;
  assign _208_ = _209_ ^ _210_;
  assign _209_ = _342_ & _374_;
  assign _210_ = ~_211_;
  assign _211_ = _360_ & _28_[1];
  assign _30_[2] = _212_ ^ _214_;
  assign _212_ = _213_ ^ _218_;
  assign _213_ = _359_ & _388_;
  assign _214_ = _215_ ^ _221_;
  assign _215_ = _365_ & _28_[2];
  assign _30_[3] = _216_ ^ _220_;
  assign _216_ = _217_ ^ _219_;
  assign _217_ = ~_218_;
  assign _218_ = _357_ & _387_;
  assign _219_ = _356_ & _386_;
  assign _220_ = _221_ ^ _222_;
  assign _221_ = _364_ & _396_;
  assign _222_ = ~_223_;
  assign _223_ = _367_ & _28_[3];
  assign _31_[0] = _224_ ^ _230_;
  assign _224_ = _225_ ^ _227_;
  assign _225_ = _391_ & _29_[0];
  assign _31_[1] = _226_ ^ _234_;
  assign _226_ = _227_ ^ _228_;
  assign _227_ = _341_ & _375_;
  assign _228_ = ~_229_;
  assign _229_ = _393_ & _29_[1];
  assign _31_[2] = _230_ ^ _232_;
  assign _230_ = _231_ ^ _236_;
  assign _231_ = _355_ & _392_;
  assign _232_ = _233_ ^ _239_;
  assign _233_ = _398_ & _29_[2];
  assign _31_[3] = _234_ ^ _238_;
  assign _234_ = _235_ ^ _237_;
  assign _235_ = ~_236_;
  assign _236_ = _354_ & _390_;
  assign _237_ = _353_ & _389_;
  assign _238_ = _239_ ^ _240_;
  assign _239_ = _363_ & _397_;
  assign _240_ = ~_241_;
  assign _241_ = _400_ & _29_[3];
  assign _34_[0] = _242_ ^ _248_;
  assign _242_ = _243_ ^ _245_;
  assign _243_ = _358_ & _32_[0];
  assign _34_[1] = _244_ ^ _252_;
  assign _244_ = _245_ ^ _246_;
  assign _245_ = _317_ & _342_;
  assign _246_ = ~_247_;
  assign _247_ = _360_ & _32_[1];
  assign _34_[2] = _248_ ^ _250_;
  assign _248_ = _249_ ^ _254_;
  assign _249_ = _330_ & _359_;
  assign _250_ = _251_ ^ _257_;
  assign _251_ = _365_ & _32_[2];
  assign _34_[3] = _252_ ^ _256_;
  assign _252_ = _253_ ^ _255_;
  assign _253_ = ~_254_;
  assign _254_ = _329_ & _357_;
  assign _255_ = _328_ & _356_;
  assign _256_ = _257_ ^ _258_;
  assign _257_ = _333_ & _364_;
  assign _258_ = ~_259_;
  assign _259_ = _367_ & _32_[3];
  assign _35_[0] = _260_ ^ _266_;
  assign _260_ = _261_ ^ _263_;
  assign _261_ = _391_ & _33_[0];
  assign _35_[1] = _262_ ^ _270_;
  assign _262_ = _263_ ^ _264_;
  assign _263_ = _293_ & _375_;
  assign _264_ = ~_265_;
  assign _265_ = _393_ & _33_[1];
  assign _35_[2] = _266_ ^ _268_;
  assign _266_ = _267_ ^ _272_;
  assign _267_ = _306_ & _392_;
  assign _268_ = _269_ ^ _275_;
  assign _269_ = _398_ & _33_[2];
  assign _35_[3] = _270_ ^ _274_;
  assign _270_ = _271_ ^ _273_;
  assign _271_ = ~_272_;
  assign _272_ = _305_ & _390_;
  assign _273_ = _304_ & _389_;
  assign _274_ = _275_ ^ _276_;
  assign _275_ = _309_ & _397_;
  assign _276_ = ~_277_;
  assign _277_ = _400_ & _33_[3];
  assign _136_ = _278_ ^ _279_;
  assign _278_ = A[0] ^ A[3];
  assign _279_ = _280_ ^ A[1];
  assign _280_ = A[7] ^ A[4];
  assign _135_ = _499_ ^ _513_;
  assign _134_ = _121_ ^ A[4];
  assign Q[0] = _283_ ^ _524_;
  assign Q[2] = _281_ ^ _284_;
  assign _281_ = _282_ ^ Q[7];
  assign _282_ = _5_[2] ^ _0_[2];
  assign Q[3] = _283_ ^ Q[4];
  assign _283_ = _286_ ^ _527_;
  assign Q[5] = ~_284_;
  assign _284_ = _285_ ^ _286_;
  assign _285_ = _5_[0] ^ _0_[0];
  assign _286_ = _187_[2] ^ _182_[2];
  assign Q[6] = ~_520_;
  assign _3_[0] = _287_ ^ DOM_Z[14];
  assign _287_ = _288_ ^ _296_;
  assign _288_ = _289_ ^ _292_;
  assign _289_ = _358_ & _33_[0];
  assign _3_[1] = _290_ ^ DOM_Z[15];
  assign _290_ = _291_ ^ _301_;
  assign _291_ = _292_ ^ _294_;
  assign _292_ = _293_ & _342_;
  assign _293_ = _33_[1] ^ _33_[0];
  assign _294_ = _360_ & _33_[1];
  assign _3_[2] = _295_ ^ DOM_Z[16];
  assign _295_ = _296_ ^ _298_;
  assign _296_ = _297_ ^ _302_;
  assign _297_ = _306_ & _359_;
  assign _298_ = _299_ ^ _308_;
  assign _299_ = _365_ & _33_[2];
  assign _3_[3] = _300_ ^ DOM_Z[17];
  assign _300_ = _301_ ^ _307_;
  assign _301_ = _302_ ^ _303_;
  assign _302_ = _305_ & _357_;
  assign _303_ = _304_ & _356_;
  assign _304_ = _305_ ^ _306_;
  assign _305_ = _33_[2] ^ _33_[0];
  assign _306_ = _33_[3] ^ _33_[1];
  assign _307_ = _308_ ^ _310_;
  assign _308_ = _309_ & _364_;
  assign _309_ = _33_[3] ^ _33_[2];
  assign _310_ = _367_ & _33_[3];
  assign _2_[0] = _311_ ^ DOM_Z[14];
  assign _311_ = _312_ ^ _320_;
  assign _312_ = _313_ ^ _316_;
  assign _313_ = _391_ & _32_[0];
  assign _2_[1] = _314_ ^ DOM_Z[15];
  assign _314_ = _315_ ^ _325_;
  assign _315_ = _316_ ^ _318_;
  assign _316_ = _317_ & _375_;
  assign _317_ = _32_[1] ^ _32_[0];
  assign _318_ = _393_ & _32_[1];
  assign _2_[2] = _319_ ^ DOM_Z[16];
  assign _319_ = _320_ ^ _322_;
  assign _320_ = _321_ ^ _326_;
  assign _321_ = _330_ & _392_;
  assign _322_ = _323_ ^ _332_;
  assign _323_ = _398_ & _32_[2];
  assign _2_[3] = _324_ ^ DOM_Z[17];
  assign _324_ = _325_ ^ _331_;
  assign _325_ = _326_ ^ _327_;
  assign _326_ = _329_ & _390_;
  assign _327_ = _328_ & _389_;
  assign _328_ = _329_ ^ _330_;
  assign _329_ = _32_[2] ^ _32_[0];
  assign _330_ = _32_[3] ^ _32_[1];
  assign _331_ = _332_ ^ _334_;
  assign _332_ = _333_ & _397_;
  assign _333_ = _32_[3] ^ _32_[2];
  assign _334_ = _400_ & _32_[3];
  assign _185_[0] = _335_ ^ DOM_Z[10];
  assign _335_ = _336_ ^ _345_;
  assign _336_ = _337_ ^ _340_;
  assign _337_ = _358_ & _29_[0];
  assign _185_[1] = _338_ ^ DOM_Z[11];
  assign _338_ = _339_ ^ _350_;
  assign _339_ = _340_ ^ _343_;
  assign _340_ = _341_ & _342_;
  assign _341_ = _29_[1] ^ _29_[0];
  assign _342_ = _358_ ^ _360_;
  assign _343_ = _360_ & _29_[1];
  assign _185_[2] = _344_ ^ DOM_Z[12];
  assign _344_ = _345_ ^ _347_;
  assign _345_ = _346_ ^ _351_;
  assign _346_ = _355_ & _359_;
  assign _347_ = _348_ ^ _362_;
  assign _348_ = _365_ & _29_[2];
  assign _185_[3] = _349_ ^ DOM_Z[13];
  assign _349_ = _350_ ^ _361_;
  assign _350_ = _351_ ^ _352_;
  assign _351_ = _354_ & _357_;
  assign _352_ = _353_ & _356_;
  assign _353_ = _354_ ^ _355_;
  assign _354_ = _29_[2] ^ _29_[0];
  assign _355_ = _29_[3] ^ _29_[1];
  assign _356_ = _357_ ^ _359_;
  assign _357_ = _358_ ^ _365_;
  assign _358_ = _181_[0] ^ _176_[0];
  assign _359_ = _360_ ^ _367_;
  assign _360_ = _181_[1] ^ _176_[1];
  assign _361_ = _362_ ^ _366_;
  assign _362_ = _363_ & _364_;
  assign _363_ = _29_[3] ^ _29_[2];
  assign _364_ = _365_ ^ _367_;
  assign _365_ = _175_[0] ^ _170_[0];
  assign _366_ = _367_ & _29_[3];
  assign _367_ = _175_[1] ^ _170_[1];
  assign _184_[0] = _368_ ^ DOM_Z[10];
  assign _368_ = _369_ ^ _378_;
  assign _369_ = _370_ ^ _373_;
  assign _370_ = _391_ & _28_[0];
  assign _184_[1] = _371_ ^ DOM_Z[11];
  assign _371_ = _372_ ^ _383_;
  assign _372_ = _373_ ^ _376_;
  assign _373_ = _374_ & _375_;
  assign _374_ = _28_[1] ^ _28_[0];
  assign _375_ = _391_ ^ _393_;
  assign _376_ = _393_ & _28_[1];
  assign _184_[2] = _377_ ^ DOM_Z[12];
  assign _377_ = _378_ ^ _380_;
  assign _378_ = _379_ ^ _384_;
  assign _379_ = _388_ & _392_;
  assign _380_ = _381_ ^ _395_;
  assign _381_ = _398_ & _28_[2];
  assign _184_[3] = _382_ ^ DOM_Z[13];
  assign _382_ = _383_ ^ _394_;
  assign _383_ = _384_ ^ _385_;
  assign _384_ = _387_ & _390_;
  assign _385_ = _386_ & _389_;
  assign _386_ = _387_ ^ _388_;
  assign _387_ = _28_[2] ^ _28_[0];
  assign _388_ = _28_[3] ^ _28_[1];
  assign _389_ = _390_ ^ _392_;
  assign _390_ = _391_ ^ _398_;
  assign _391_ = _180_[0] ^ _177_[0];
  assign _392_ = _393_ ^ _400_;
  assign _393_ = _180_[1] ^ _177_[1];
  assign _394_ = _395_ ^ _399_;
  assign _395_ = _396_ & _397_;
  assign _396_ = _28_[3] ^ _28_[2];
  assign _397_ = _398_ ^ _400_;
  assign _398_ = _174_[0] ^ _171_[0];
  assign _399_ = _400_ & _28_[3];
  assign _400_ = _174_[1] ^ _171_[1];
  assign _179_[0] = _401_ ^ DOM_Z[8];
  assign _401_ = _402_ ^ _404_;
  assign _402_ = _18_[0] & _25_[0];
  assign _179_[1] = _403_ ^ DOM_Z[9];
  assign _403_ = _404_ ^ _406_;
  assign _404_ = _405_ & _418_;
  assign _405_ = _25_[1] ^ _25_[0];
  assign _406_ = _18_[1] & _25_[1];
  assign _178_[0] = _407_ ^ DOM_Z[8];
  assign _407_ = _408_ ^ _410_;
  assign _408_ = _24_[0] & _20_[0];
  assign _178_[1] = _409_ ^ DOM_Z[9];
  assign _409_ = _410_ ^ _412_;
  assign _410_ = _411_ & _425_;
  assign _411_ = _24_[1] ^ _24_[0];
  assign _412_ = _24_[1] & _20_[1];
  assign _173_[0] = _413_ ^ DOM_Z[6];
  assign _413_ = _414_ ^ _416_;
  assign _414_ = _21_[0] & _18_[0];
  assign _173_[1] = _415_ ^ DOM_Z[7];
  assign _415_ = _416_ ^ _419_;
  assign _416_ = _417_ & _418_;
  assign _417_ = _21_[1] ^ _21_[0];
  assign _418_ = _18_[1] ^ _18_[0];
  assign _419_ = _21_[1] & _18_[1];
  assign _172_[0] = _420_ ^ DOM_Z[6];
  assign _420_ = _421_ ^ _423_;
  assign _421_ = _19_[0] & _20_[0];
  assign _172_[1] = _422_ ^ DOM_Z[7];
  assign _422_ = _423_ ^ _426_;
  assign _423_ = _424_ & _425_;
  assign _424_ = _19_[1] ^ _19_[0];
  assign _425_ = _20_[1] ^ _20_[0];
  assign _426_ = _19_[1] & _20_[1];
  assign _87_ = _427_ ^ _91_;
  assign _427_ = _13_[0] ^ _12_[0];
  assign _91_ = _13_[1] ^ _12_[1];
  assign _89_ = _428_ ^ _93_;
  assign _428_ = _15_[0] ^ _14_[0];
  assign _93_ = _15_[1] ^ _14_[1];
  assign _132_ = _429_ ^ _88_;
  assign _429_ = _169_[0] ^ _164_[0];
  assign _133_ = _430_ ^ _90_;
  assign _430_ = _168_[0] ^ _165_[0];
  assign _167_[0] = _431_ ^ DOM_Z[4];
  assign _431_ = _432_ ^ _434_;
  assign _432_ = _12_[0] & _15_[0];
  assign _167_[1] = _433_ ^ DOM_Z[5];
  assign _433_ = _434_ ^ _437_;
  assign _434_ = _435_ & _436_;
  assign _435_ = _15_[0] ^ _15_[1];
  assign _436_ = _12_[0] ^ _12_[1];
  assign _437_ = _12_[1] & _15_[1];
  assign _166_[0] = _438_ ^ DOM_Z[4];
  assign _438_ = _439_ ^ _441_;
  assign _439_ = _13_[0] & _14_[0];
  assign _166_[1] = _440_ ^ DOM_Z[5];
  assign _440_ = _441_ ^ _444_;
  assign _441_ = _442_ & _443_;
  assign _442_ = _13_[0] ^ _13_[1];
  assign _443_ = _14_[0] ^ _14_[1];
  assign _444_ = _13_[1] & _14_[1];
  assign _130_ = _445_ ^ _92_;
  assign _445_ = _169_[1] ^ _164_[1];
  assign _131_ = _446_ ^ _94_;
  assign _446_ = _168_[1] ^ _165_[1];
  assign _161_[0] = _447_ ^ DOM_Z[0];
  assign _447_ = _448_ ^ _457_;
  assign _448_ = _449_ ^ _452_;
  assign _449_ = _9_[0] & _6_[0];
  assign _161_[1] = _450_ ^ DOM_Z[1];
  assign _450_ = _451_ ^ _462_;
  assign _451_ = _452_ ^ _453_;
  assign _452_ = _544_ & _571_;
  assign _453_ = _6_[1] & _9_[1];
  assign _99_ = _454_ ^ _103_;
  assign _454_ = _7_[2] ^ _6_[2];
  assign _101_ = _455_ ^ _105_;
  assign _455_ = _9_[2] ^ _8_[2];
  assign _161_[2] = _456_ ^ DOM_Z[2];
  assign _456_ = _457_ ^ _459_;
  assign _457_ = _458_ ^ _463_;
  assign _458_ = _560_ & _585_;
  assign _459_ = _460_ ^ _466_;
  assign _460_ = _6_[2] & _9_[2];
  assign _161_[3] = _461_ ^ DOM_Z[3];
  assign _461_ = _462_ ^ _465_;
  assign _462_ = _463_ ^ _464_;
  assign _463_ = _559_ & _584_;
  assign _464_ = _558_ & _583_;
  assign _465_ = _466_ ^ _467_;
  assign _466_ = _564_ & _591_;
  assign _467_ = _6_[3] & _9_[3];
  assign _160_[0] = _468_ ^ DOM_Z[0];
  assign _468_ = _469_ ^ _476_;
  assign _469_ = _470_ ^ _473_;
  assign _470_ = _7_[0] & _8_[0];
  assign _160_[1] = _471_ ^ DOM_Z[1];
  assign _471_ = _472_ ^ _481_;
  assign _472_ = _473_ ^ _474_;
  assign _473_ = _543_ & _572_;
  assign _474_ = _7_[1] & _8_[1];
  assign _160_[2] = _475_ ^ DOM_Z[2];
  assign _475_ = _476_ ^ _478_;
  assign _476_ = _477_ ^ _482_;
  assign _477_ = _557_ & _588_;
  assign _478_ = _479_ ^ _485_;
  assign _479_ = _7_[2] & _8_[2];
  assign _160_[3] = _480_ ^ DOM_Z[3];
  assign _480_ = _481_ ^ _484_;
  assign _481_ = _482_ ^ _483_;
  assign _482_ = _556_ & _587_;
  assign _483_ = _555_ & _586_;
  assign _484_ = _485_ ^ _486_;
  assign _485_ = _563_ & _592_;
  assign _486_ = _7_[3] & _8_[3];
  assign _95_ = _487_ ^ _497_;
  assign _487_ = _7_[3] ^ _6_[3];
  assign _97_ = _488_ ^ _498_;
  assign _488_ = _9_[3] ^ _8_[3];
  assign _128_ = _489_ ^ _104_;
  assign _489_ = _163_[0] ^ _158_[0];
  assign _129_ = _490_ ^ _106_;
  assign _490_ = _162_[0] ^ _159_[0];
  assign _126_ = _491_ ^ _108_;
  assign _491_ = _163_[1] ^ _158_[1];
  assign _127_ = _492_ ^ _110_;
  assign _492_ = _162_[1] ^ _159_[1];
  assign _124_ = _493_ ^ _96_;
  assign _493_ = _163_[2] ^ _158_[2];
  assign _125_ = _494_ ^ _98_;
  assign _494_ = _162_[2] ^ _159_[2];
  assign _122_ = _495_ ^ _100_;
  assign _495_ = _163_[3] ^ _158_[3];
  assign _123_ = _496_ ^ _102_;
  assign _496_ = _162_[3] ^ _159_[3];
  assign _107_ = _497_ ^ _103_;
  assign _497_ = _7_[1] ^ _6_[1];
  assign _103_ = _7_[0] ^ _6_[0];
  assign _109_ = _498_ ^ _105_;
endmodule